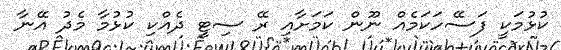
ކުޅުމަކީ ފަސޭހަކަމެއް ނޫން ކަމަށާއި ރޭ ސިޓީ ދެއްކި ކުޅުމާ މެދު އޭނާ